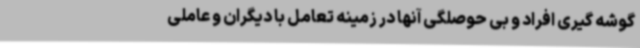
گوشه گیری افراد و بی حوصلگی آنها در زمینه تعامل با دیگران و عاملی